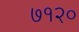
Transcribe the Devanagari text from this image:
७१२०